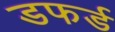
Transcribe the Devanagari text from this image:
डफर्ड